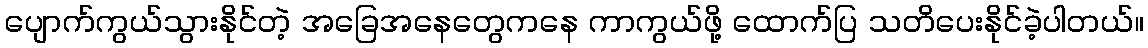
ပျောက်ကွယ်သွားနိုင်တဲ့ အခြေအနေတွေကနေ ကာကွယ်ဖို့ ထောက်ပြ သတိပေးနိုင်ခဲ့ပါတယ်။